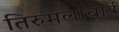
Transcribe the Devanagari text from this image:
तिरुमलाचार्य